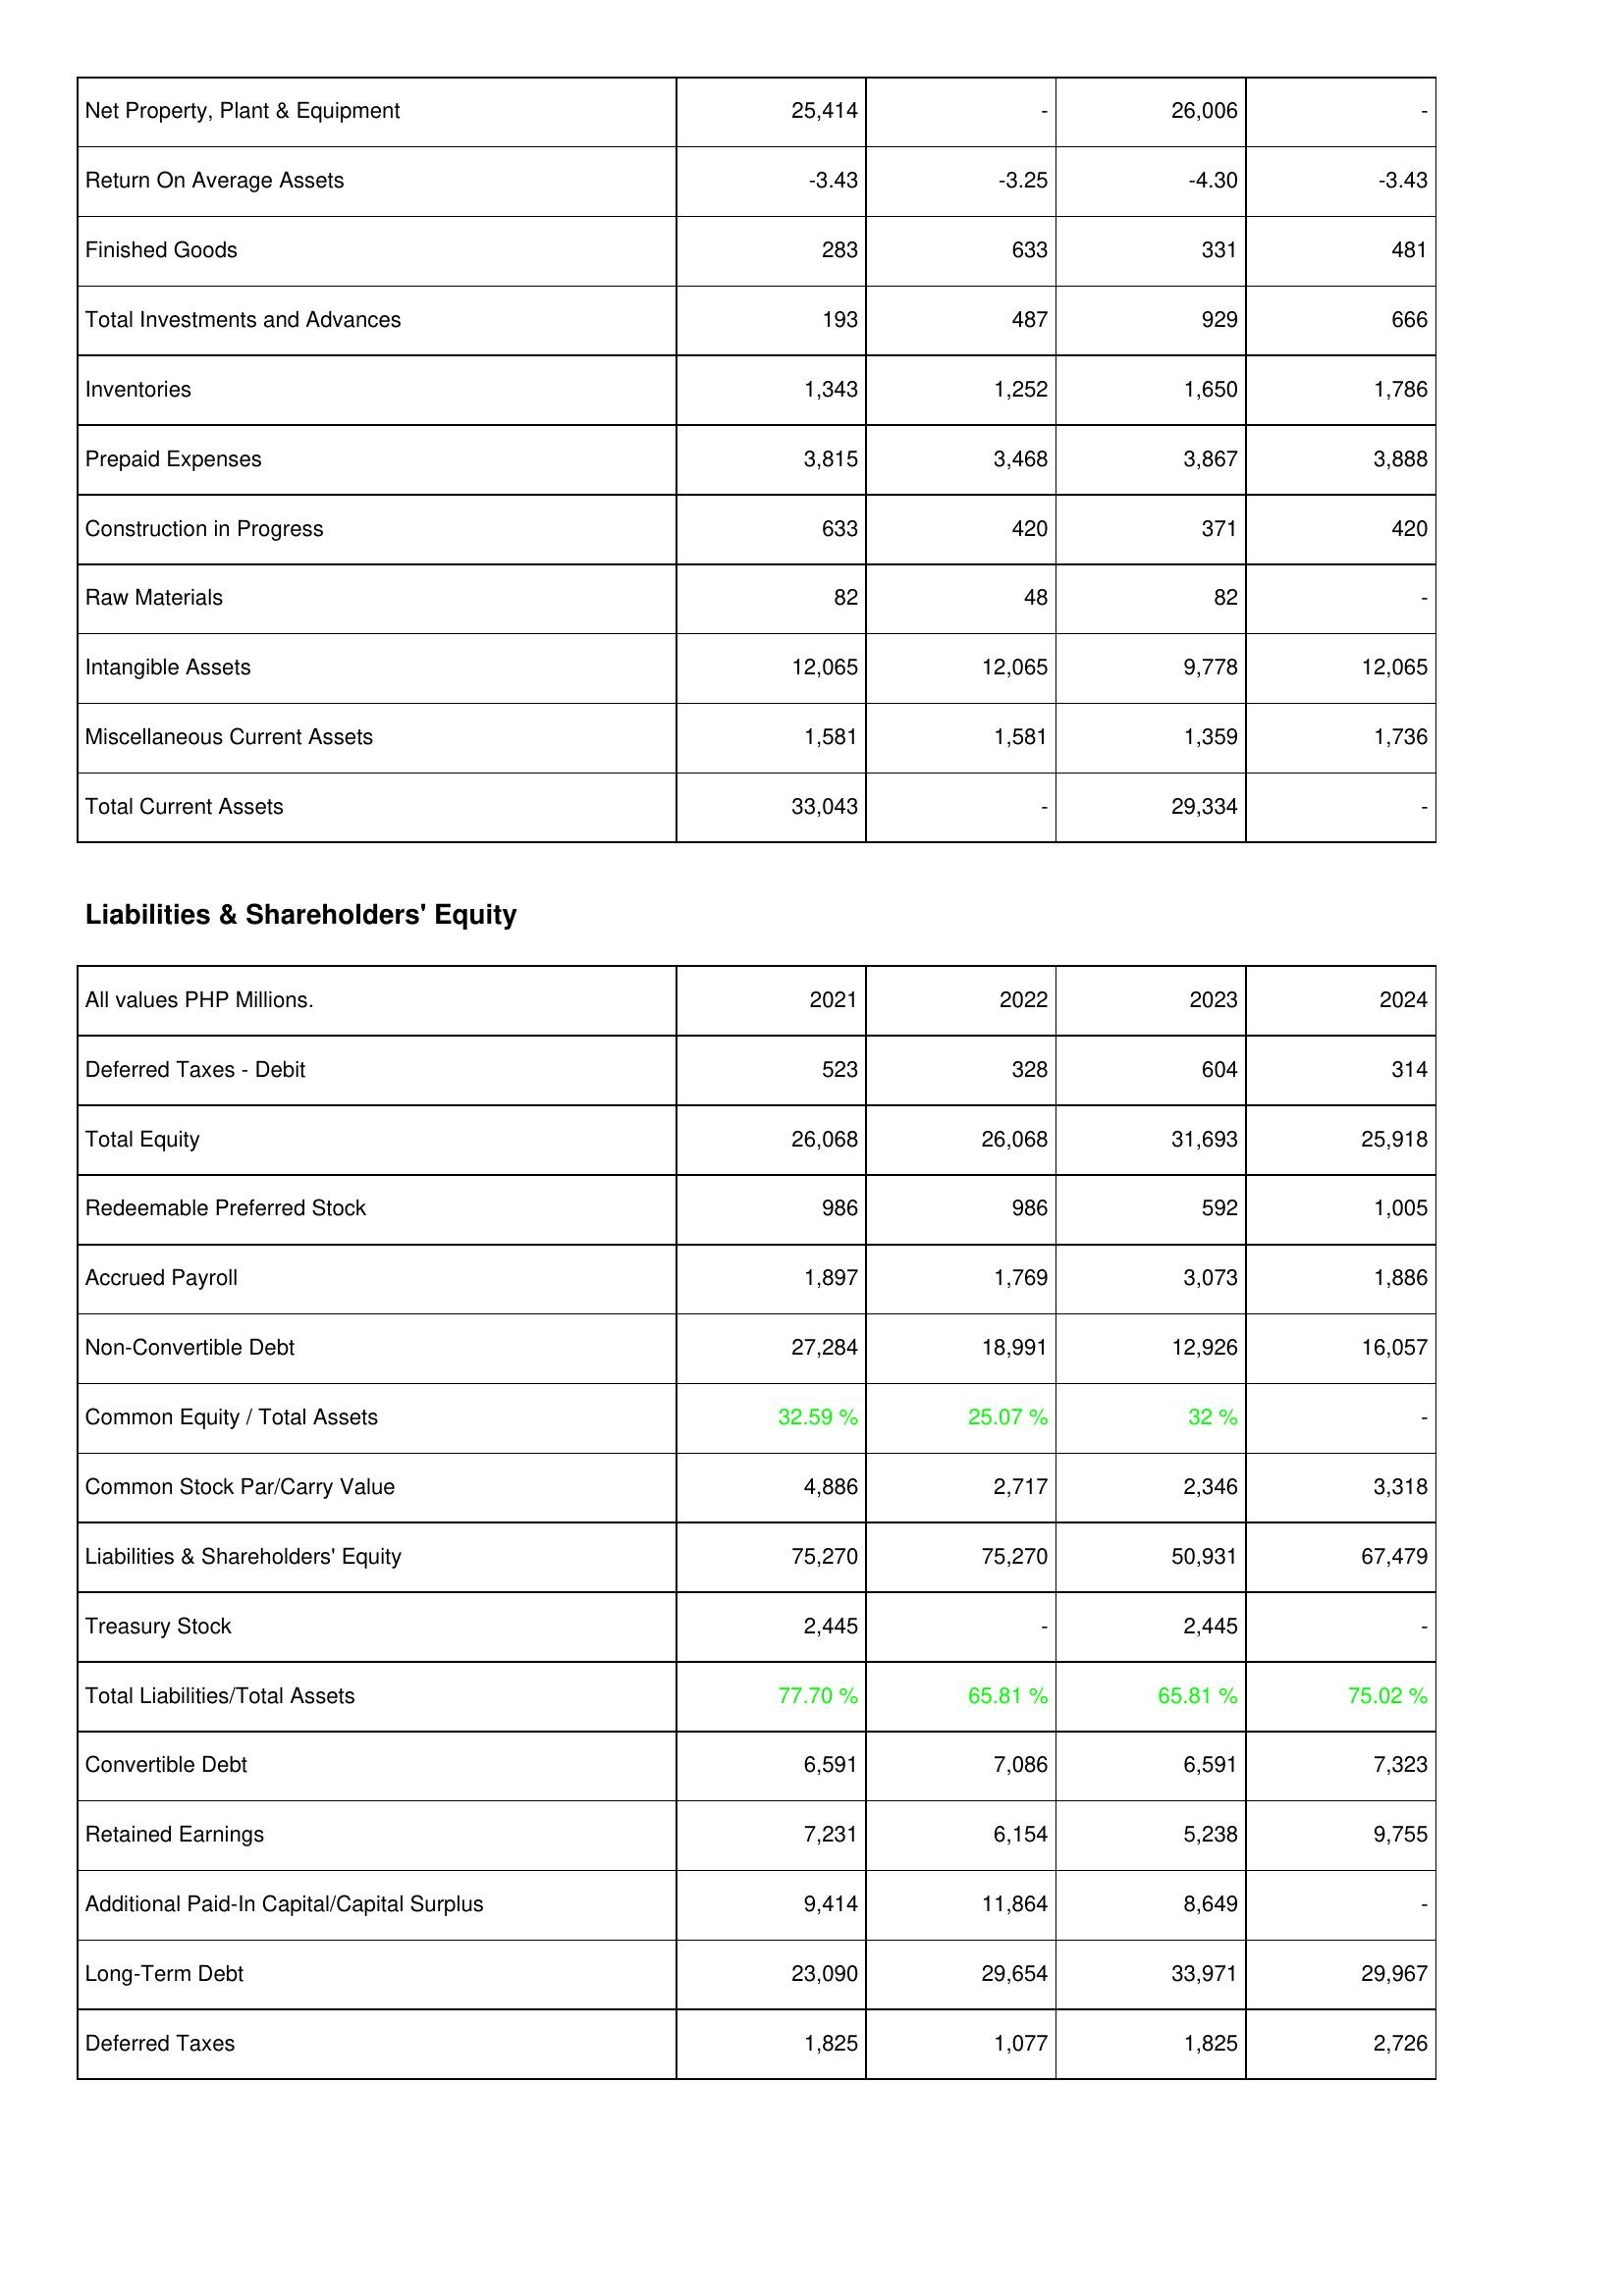
2021: Assets: Net Property, Plant & Equipment: 25,414
Return On Average Assets: -3.43
Finished Goods: 283
Total Investments and Advances: 193
Inventories: 1,343
Prepaid Expenses: 3,815
Construction in Progress: 633
Raw Materials: 82
Intangible Assets: 12,065
Miscellaneous Current Assets: 1,581
Total Current Assets: 33,043
Liabilities & Shareholders' Equity: Deferred Taxes - Debit: 523
Total Equity: 26,068
Redeemable Preferred Stock: 986
Accrued Payroll: 1,897
Non-Convertible Debt: 27,284
Common Equity / Total Assets: 32.59 %
Common Stock Par/Carry Value: 4,886
Liabilities & Shareholders' Equity: 75,270
Treasury Stock: 2,445
Total Liabilities/Total Assets: 77.70 %
Convertible Debt: 6,591
Retained Earnings: 7,231
Additional Paid-In Capital/Capital Surplus: 9,414
Long-Term Debt: 23,090
Deferred Taxes: 1,825
2022: Assets: Net Property, Plant & Equipment: -
Return On Average Assets: -3.25
Finished Goods: 633
Total Investments and Advances: 487
Inventories: 1,252
Prepaid Expenses: 3,468
Construction in Progress: 420
Raw Materials: 48
Intangible Assets: 12,065
Miscellaneous Current Assets: 1,581
Total Current Assets: -
Liabilities & Shareholders' Equity: Deferred Taxes - Debit: 328
Total Equity: 26,068
Redeemable Preferred Stock: 986
Accrued Payroll: 1,769
Non-Convertible Debt: 18,991
Common Equity / Total Assets: 25.07 %
Common Stock Par/Carry Value: 2,717
Liabilities & Shareholders' Equity: 75,270
Treasury Stock: -
Total Liabilities/Total Assets: 65.81 %
Convertible Debt: 7,086
Retained Earnings: 6,154
Additional Paid-In Capital/Capital Surplus: 11,864
Long-Term Debt: 29,654
Deferred Taxes: 1,077
2023: Assets: Net Property, Plant & Equipment: 26,006
Return On Average Assets: -4.30
Finished Goods: 331
Total Investments and Advances: 929
Inventories: 1,650
Prepaid Expenses: 3,867
Construction in Progress: 371
Raw Materials: 82
Intangible Assets: 9,778
Miscellaneous Current Assets: 1,359
Total Current Assets: 29,334
Liabilities & Shareholders' Equity: Deferred Taxes - Debit: 604
Total Equity: 31,693
Redeemable Preferred Stock: 592
Accrued Payroll: 3,073
Non-Convertible Debt: 12,926
Common Equity / Total Assets: 32 %
Common Stock Par/Carry Value: 2,346
Liabilities & Shareholders' Equity: 50,931
Treasury Stock: 2,445
Total Liabilities/Total Assets: 65.81 %
Convertible Debt: 6,591
Retained Earnings: 5,238
Additional Paid-In Capital/Capital Surplus: 8,649
Long-Term Debt: 33,971
Deferred Taxes: 1,825
2024: Assets: Net Property, Plant & Equipment: -
Return On Average Assets: -3.43
Finished Goods: 481
Total Investments and Advances: 666
Inventories: 1,786
Prepaid Expenses: 3,888
Construction in Progress: 420
Raw Materials: -
Intangible Assets: 12,065
Miscellaneous Current Assets: 1,736
Total Current Assets: -
Liabilities & Shareholders' Equity: Deferred Taxes - Debit: 314
Total Equity: 25,918
Redeemable Preferred Stock: 1,005
Accrued Payroll: 1,886
Non-Convertible Debt: 16,057
Common Equity / Total Assets: -
Common Stock Par/Carry Value: 3,318
Liabilities & Shareholders' Equity: 67,479
Treasury Stock: -
Total Liabilities/Total Assets: 75.02 %
Convertible Debt: 7,323
Retained Earnings: 9,755
Additional Paid-In Capital/Capital Surplus: -
Long-Term Debt: 29,967
Deferred Taxes: 2,726